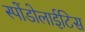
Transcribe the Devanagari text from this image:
स्पोंडोलाईटिस